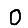
Digit: 0